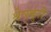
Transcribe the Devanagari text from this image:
श्रेव्स्बुरी